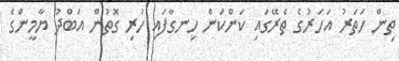
ތިން ހަތަރު އަހަރުގެ ތެރޭގައި ކަންކަން ހިނގާފައި ހުރި ގޮތުން އަބްދު ޔާމީންގެ